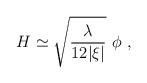
LaTeX: \begin{align*}H \simeq \sqrt{\lambda\over 12|\xi|} \ \phi \ ,\end{align*}